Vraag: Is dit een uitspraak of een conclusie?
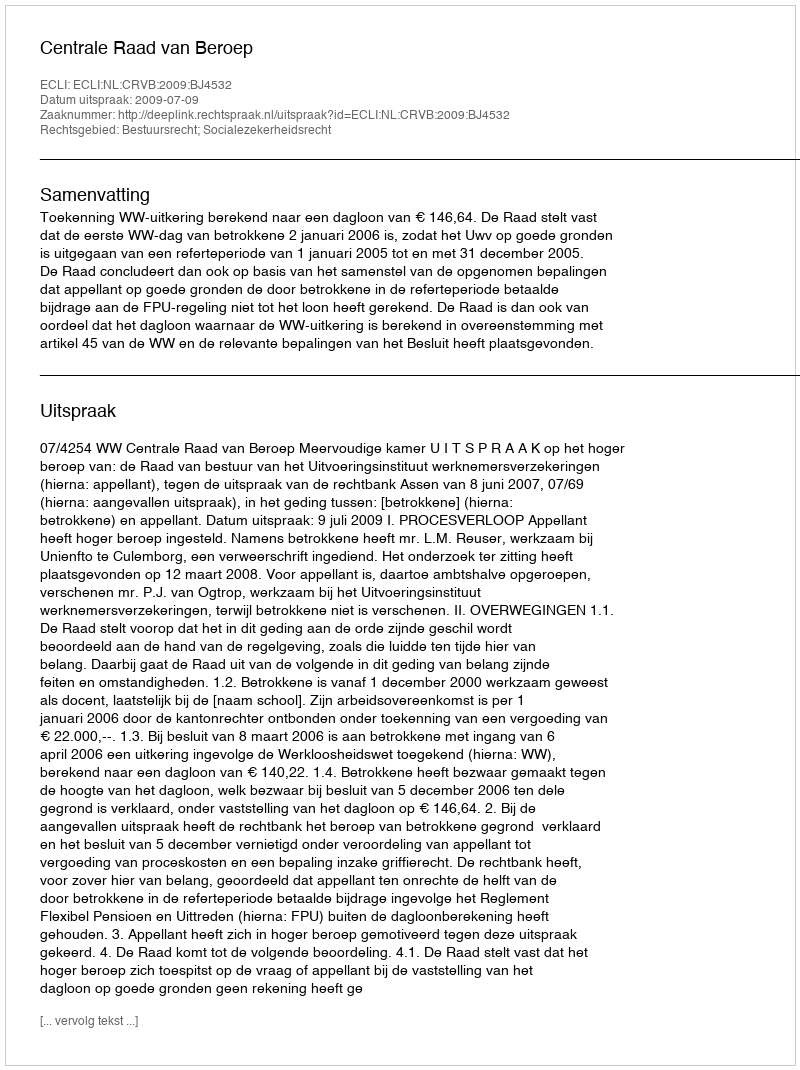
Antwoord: Uitspraak